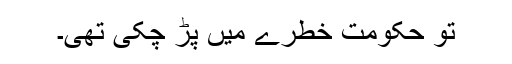
تو حکومت خطرے میں پڑ چکی تھی۔